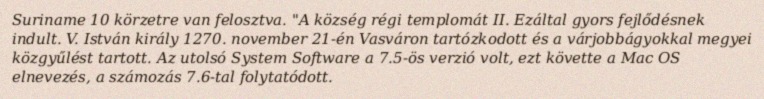
Suriname 10 körzetre van felosztva. "A község régi templomát II. Ezáltal gyors fejlődésnek indult. V. István király 1270. november 21-én Vasváron tartózkodott és a várjobbágyokkal megyei közgyűlést tartott. Az utolsó System Software a 7.5-ös verzió volt, ezt követte a Mac OS elnevezés, a számozás 7.6-tal folytatódott.